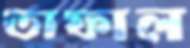
তাফাল